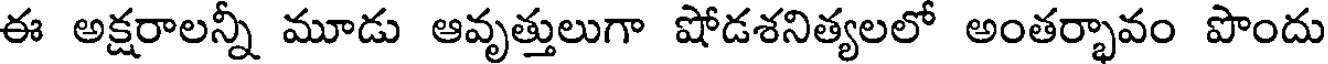
ఈ అక్షరాలన్నీ మూడు ఆవృత్తులుగా షోడశనిత్యలలో అంతర్భావం పొందు